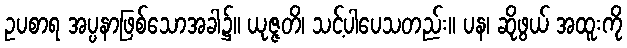
ဥပစာရ အပ္ပနာဖြစ်သောအခါ၌။ ယုဇ္ဇတိ၊ သင့်ပါပေသတည်း။ ပန၊ ဆိုဖွယ် အထူးကို